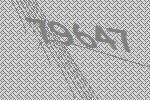
79647